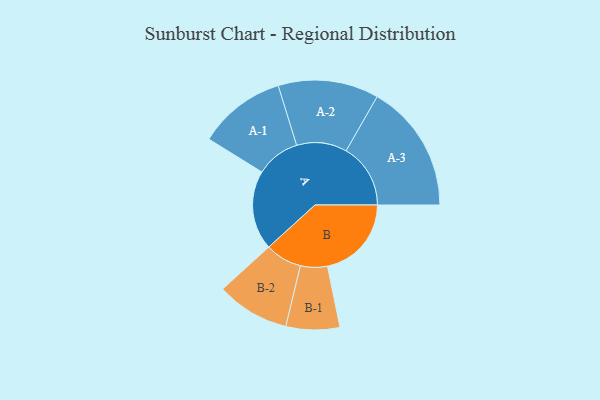
{"axis": {"x": "Segment", "y": "Value"}, "legend": ["", "A", "B"], "data": [{"x": "A", "y": 325, "type": ""}, {"x": "B", "y": 344, "type": ""}, {"x": "A-1", "y": 180, "type": "A"}, {"x": "A-2", "y": 206, "type": "A"}, {"x": "A-3", "y": 264, "type": "A"}, {"x": "B-1", "y": 110, "type": "B"}, {"x": "B-2", "y": 150, "type": "B"}]}